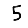
Digit: 5